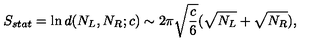
S _ { s t a t } = \ln d ( N _ { L } , N _ { R } ; c ) \sim 2 \pi \sqrt { \frac { c } { 6 } } ( \sqrt { N _ { L } } + \sqrt { N _ { R } } ) ,